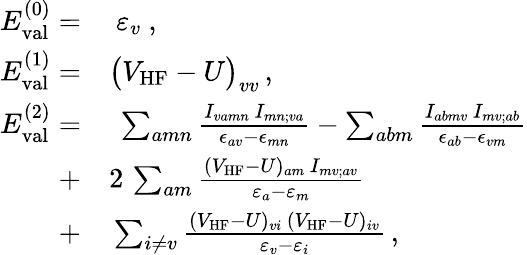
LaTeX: \begin{array}{rl}{E_{\mathrm{val}}^{(0)}=}&{{}\ \varepsilon_{v}\ ,}\\ {E_{\mathrm{val}}^{(1)}=}&{{}\big(V_{\mathrm{HF}}-U\big)_{vv}\, ,}\\ {E_{\mathrm{val}}^{(2)}=}&{{}\ \sum_{amn}\frac{I_{vamn}\, I_{mn;va}}{\epsilon_{av}-\epsilon_{mn}}-\sum_{abm}\frac{I_{abmv}\, I_{mv;ab}}{\epsilon_{ab}-\epsilon_{vm}}}\\ {+}&{{}2\, \sum_{am}\frac{(V_{\mathrm{HF}}-U)_{am}\, I_{mv;av}}{\varepsilon_{a}-\varepsilon_{m}}}\\ {+}&{{}\sum_{i\neq v}\frac{(V_{\mathrm{HF}}-U)_{vi}\, (V_{\mathrm{HF}}-U)_{iv}}{\varepsilon_{v}-\varepsilon_{i}}\, ,}\end{array}